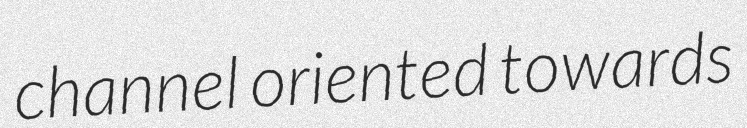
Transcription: channel oriented towards